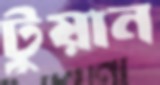
টুয়ান